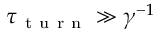
\tau _ { \mathrm { ~ t ~ u ~ r ~ n ~ } } \gg \gamma ^ { - 1 }